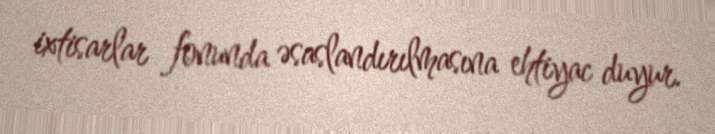
ixtisarlar fonunda əsaslandırılmasına ehtiyac duyur.